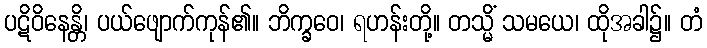
ပဋိဝိနေန္တိ၊ ပယ်ဖျောက်ကုန်၏။ ဘိက္ခဝေ၊ ရဟန်းတို့။ တသ္မိံ သမယေ၊ ထိုအခါ၌။ တံ